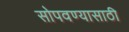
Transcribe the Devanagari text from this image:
सोपवण्यासाठी